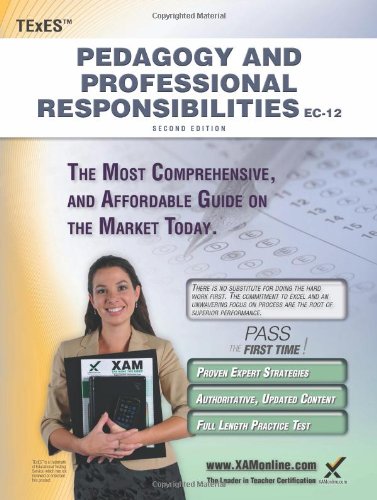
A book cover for TExES Pedagogy and Professional Responsibilities EC-12 Teacher Certification Study Guide Teacher Prep; Sharon A Wynne; Test Preparation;